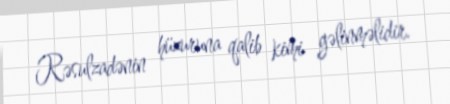
Rəsulzadənin hüzuruna qalib kimi gəlinməlidir.